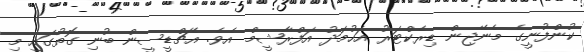
ކުންފުނީގެ މެނޭޖިން ޑިރެކްޓަރު އަހުމަދު އަފްރާޝީމް އެވެ. އެޗްޑީސީން ބުނި ގޮތުގައި މި